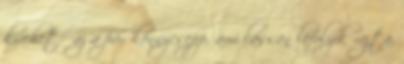
kivehető az a pár könnycsepp, ami lassan lefolyik rajta.